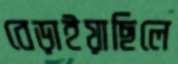
বেড়াইয়াছিলে